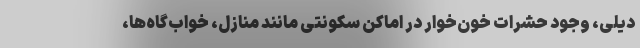
دیلی، وجود حشرات خون‌خوار در اماكن سكونتی مانند منازل، خواب‌گاه‌ها،